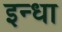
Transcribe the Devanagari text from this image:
इन्धा